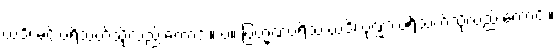
ယဒိ၊ မင်းပရိသတ်သို့လည်းကောင်း။ ပ။ ဗြဟ္မဏပရိသံ ယဒိ၊ ပုဏ္ဏားပရိသတ်သို့လည်းကောင်း။